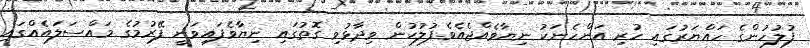
ފުލުހުންގެ ހައްޔަރުގައި ހުރި އަންހެނަކު ނިޔާވެއްޖެއެވެ.ފުލުހުން ވިދާޅުވި ގޮތުގައި ނިޔާވެފައިވަނީ ފޭރުމުގެ މައްސަލައެއްގައި